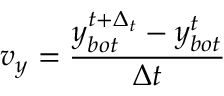
v _ { y } = \frac { y _ { b o t } ^ { t + \Delta _ { t } } - y _ { b o t } ^ { t } } { \Delta t }